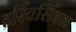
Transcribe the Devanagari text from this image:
इर्रिवर्सिबल